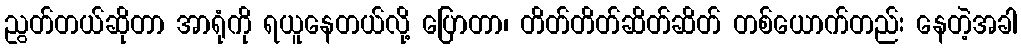
ညွတ်တယ်ဆိုတာ အာရုံကို ရယူနေတယ်လို့ ပြောတာ၊ တိတ်တိတ်ဆိတ်ဆိတ် တစ်ယောက်တည်း နေတဲ့အခါ